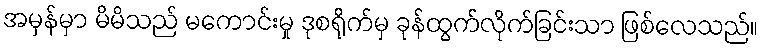
အမှန်မှာ မိမိသည် မကောင်းမှု ဒုစရိုက်မှ ခုန်ထွက်လိုက်ခြင်းသာ ဖြစ်လေသည်။